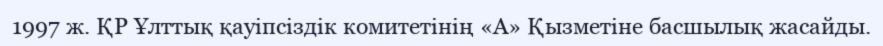
1997 ж. ҚР Ұлттық қауіпсіздік комитетінің «А» Қызметіне басшылық жасайды.